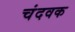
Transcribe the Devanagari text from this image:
चंदवक